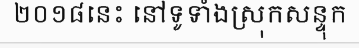
២០១៨នេះ នៅទូទាំងស្រុកសន្ទុក